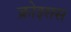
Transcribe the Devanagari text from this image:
क्रोइसस